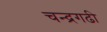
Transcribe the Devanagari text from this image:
चन्द्रगढी